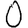
Digit: 0